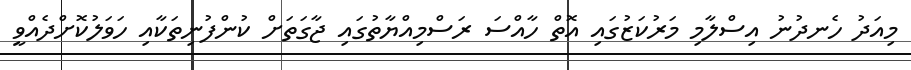
މިއަދު ހެނދުނު އިސްލާމި މަރުކަޒުގައި އޮތް ހާއްސަ ރަސްމިއްޔާތުގައި ޖާގަތަށް ކުންފުނިތަކާއި ހަވަލުކޮށްދެއްވީ